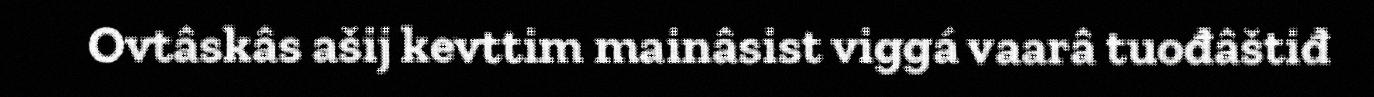
Ovtâskâs ašij kevttim mainâsist viggá vaarâ tuođâštiđ